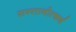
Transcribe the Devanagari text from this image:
सन्तानोत्कर्ष